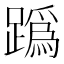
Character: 𨅌